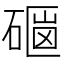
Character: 𥕇